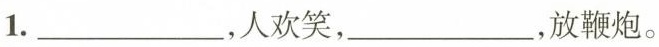
1.___，人欢笑，___，放鞭炮。